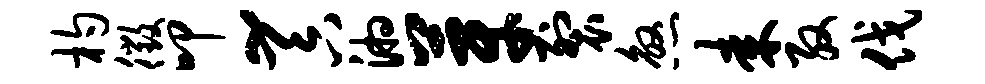
杓徵叩~吞湘芽裂煞耒殷伐